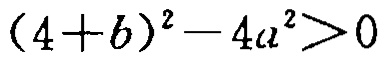
\((4 + b)^2 - 4a^2 > 0\)